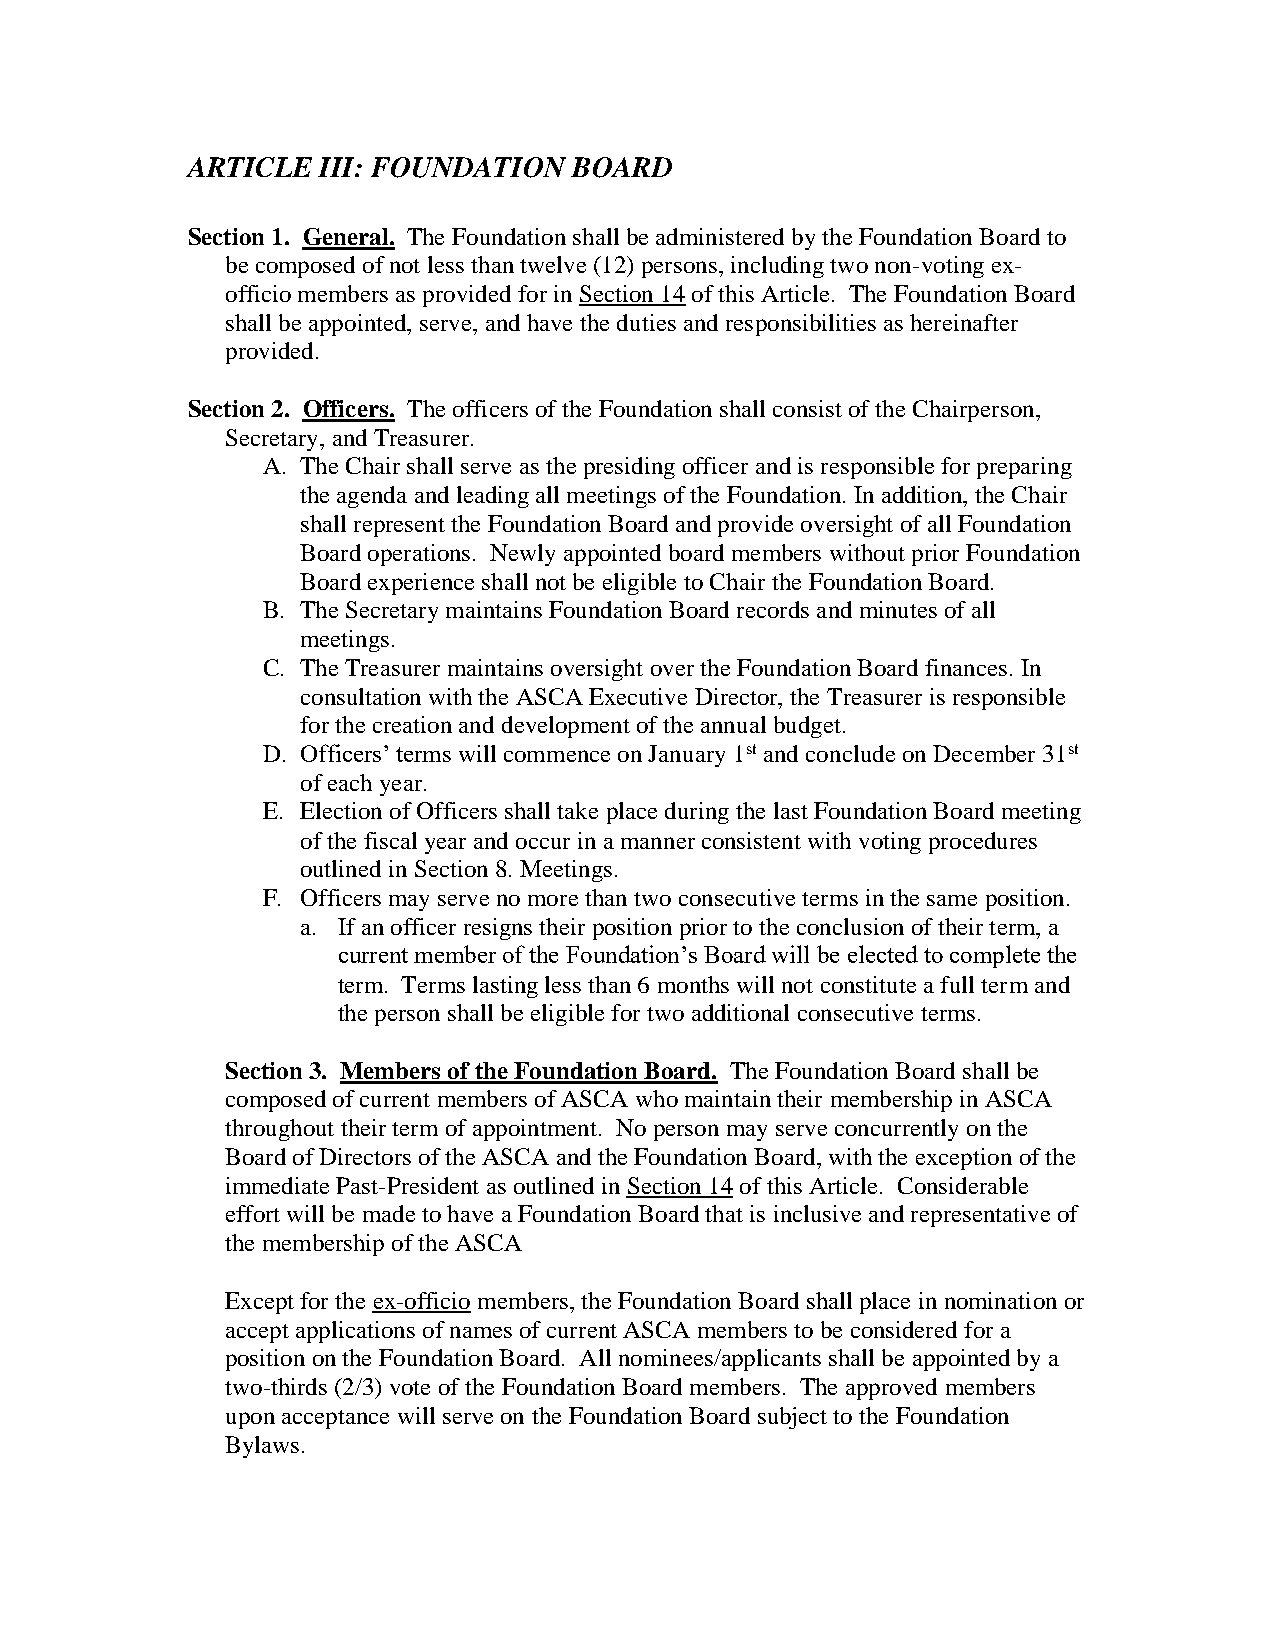
ARTICLE  III: FOUNDATION  BOARD
 Section 1. General. The Foundation shall be administered by the Foundation Board to
 be composed of not less than twelve (12) persons, including two non-voting ex-
 officio members as provided for in Section 14 of this Article. The Foundation Board
 shall be appointed, serve, and have the duties and responsibilities as hereinafter
 provided.
 Section 2. Officers. The officers of the Foundation shall consist of the Chairperson,
 Secretary, and Treasurer.
 A. The Chair shall serve as the presiding officer and is responsible for preparing
 the agenda and leading all meetings of the Foundation. In addition, the Chair
 shall represent the Foundation Board and provide oversight of all Foundation
 Board operations. Newly appointed board members without prior Foundation
 Board experience shall not be eligible to Chair the Foundation Board.
 B. The Secretary maintains Foundation Board records and minutes of all
 meetings.
 C. The Treasurer maintains oversight over the Foundation Board finances. In
 consultation with the ASCA Executive Director, the Treasurer is responsible
 for the creation and development of the annual budget.
 D. Officers’ terms will commence on January 1st and conclude on December 31st
 of each year.
 E. Election of Officers shall take place during the last Foundation Board meeting
 of the fiscal year and occur in a manner consistent with voting procedures
 outlined in Section 8. Meetings.
 F. Officers may serve no more than two consecutive terms in the same position.
 a. If an officer resigns their position prior to the conclusion of their term, a
 current member of the Foundation’s Board will be elected to complete the
 term. Terms lasting less than 6 months will not constitute a full term and
 the person shall be eligible for two additional consecutive terms.
 Section 3. Members of the Foundation Board. The Foundation Board shall be
 composed of current members of ASCA who maintain their membership in ASCA
 throughout their term of appointment. No person may serve concurrently on the
 Board of Directors of the ASCA and the Foundation Board, with the exception of the
 immediate Past-President as outlined in Section 14 of this Article. Considerable
 effort will be made to have a Foundation Board that is inclusive and representative of
 the membership of the ASCA
 Except for the ex-officio members, the Foundation Board shall place in nomination or
 accept applications of names of current ASCA members to be considered for a
 position on the Foundation Board. All nominees/applicants shall be appointed by a
 two-thirds (2/3) vote of the Foundation Board members. The approved members
 upon acceptance will serve on the Foundation Board subject to the Foundation
 Bylaws.